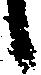
候